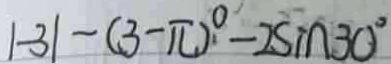
\vert - 3 \vert - ( 3 - \pi ) ^ { \circ } - 2 \sin 3 0 ^ { \circ }